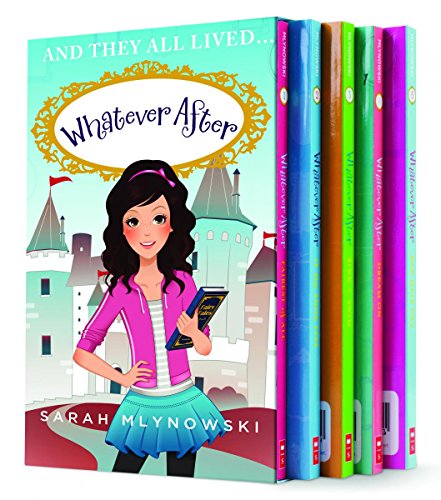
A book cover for Whatever After Boxset, Books 1-6 (Whatever After); Sarah Mlynowski; Children's Books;